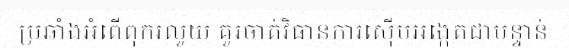
ប្រឆាំងអំពើពុករលួយ គួរចាត់វិធានការស៊ើបអង្កេតជាបន្ទាន់